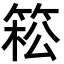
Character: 𥯆